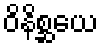
ဝိနိစ္ဆယေ